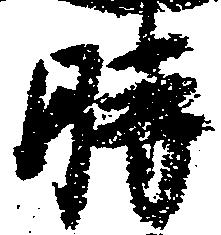
時